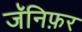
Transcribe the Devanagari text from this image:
जॅनिफ़र